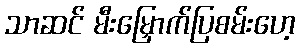
သာဆင် မီးမြှောက်ပြစမ်းဟေ့